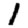
Digit: 1